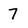
Character: 7